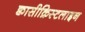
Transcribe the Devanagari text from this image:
क्वासीक्रिस्टलाइन